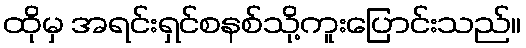
ထိုမှ အရင်းရှင်စနစ်သို့ကူးပြောင်းသည်။